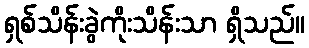
ရှစ်သိန်းခွဲကိုးသိန်းသာ ရှိသည်။